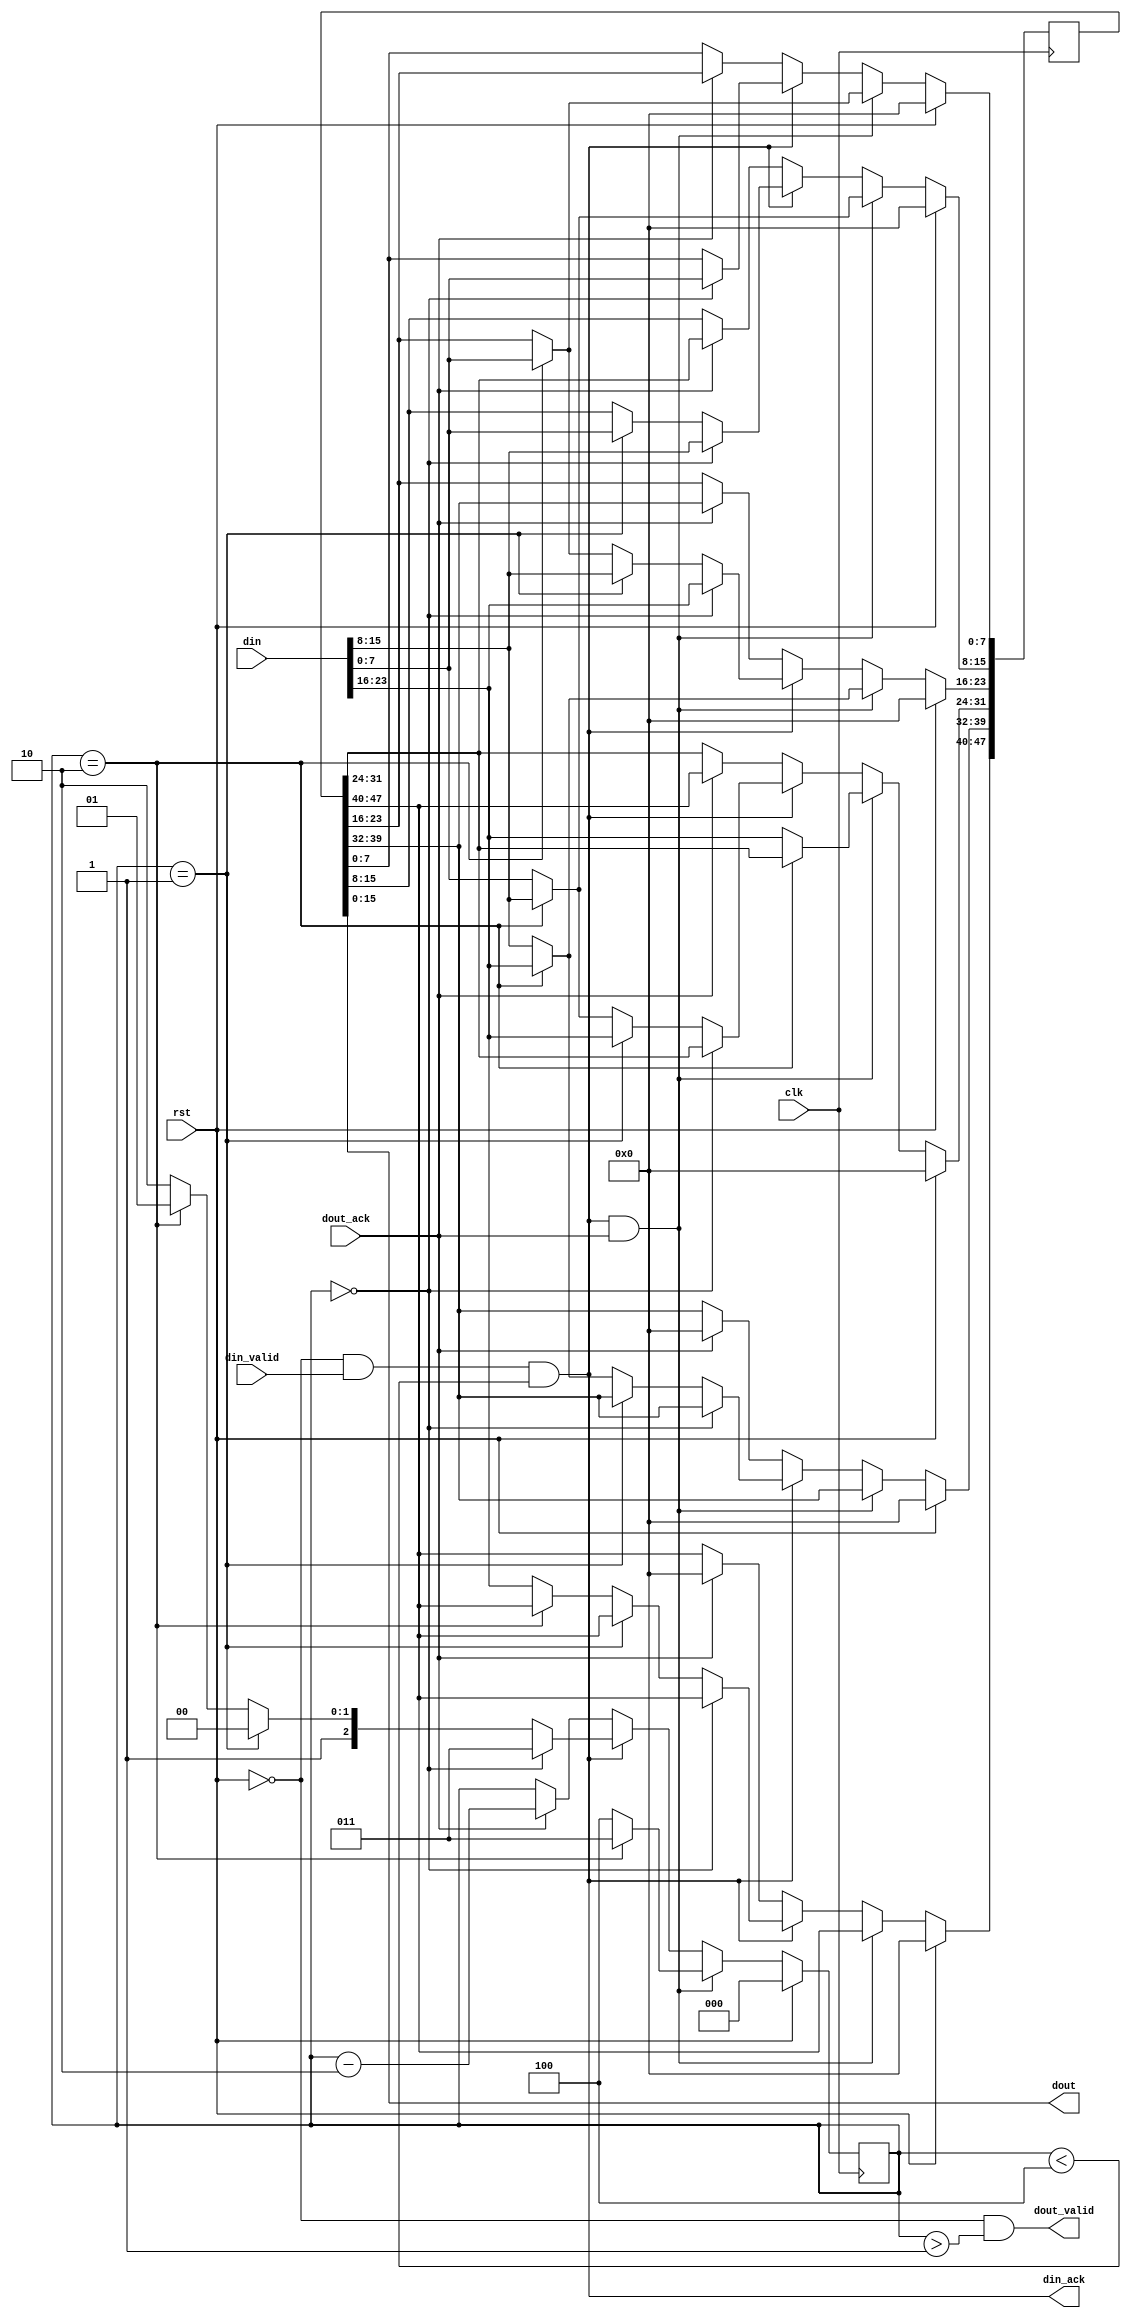
// Copyright 2007 Altera Corporation. All rights reserved.  
// Altera products are protected under numerous U.S. and foreign patents, 
// maskwork rights, copyrights and other intellectual property laws.  
//
// This reference design file, and your use thereof, is subject to and governed
// by the terms and conditions of the applicable Altera Reference Design 
// License Agreement (either as signed by you or found at www.altera.com).  By
// using this reference design file, you indicate your acceptance of such terms
// and conditions between you and Altera Corporation.  In the event that you do
// not agree with such terms and conditions, you may not use the reference 
// design file and please promptly destroy any copies you have made.
//
// This reference design file is being provided on an "as-is" basis and as an 
// accommodation and therefore all warranties, representations or guarantees of 
// any kind (whether express, implied or statutory) including, without 
// limitation, warranties of merchantability, non-infringement, or fitness for
// a particular purpose, are specifically disclaimed.  By making this reference
// design file available, Altera expressly does not recommend, suggest or 
// require that this reference design file be used in combination with any 
// other product not provided by Altera.
/////////////////////////////////////////////////////////////////////////////

//baeckler - 11-14-2006

//////////////////////////////////////////
// reformat 24 bit stream to 16 bit stream
//////////////////////////////////////////
module buf_3to2 ( 
	clk,rst,

	din,
	din_valid,
	din_ack,

	dout,
	dout_valid,
	dout_ack
);

input clk,rst;

input [23:0] din;
input din_valid;
output din_ack;

output [15:0] dout;
output dout_valid;
input dout_ack;

reg [47:0] storage;
reg [2:0] held;

wire din_ack = !rst & din_valid & (held < 4);
wire dout_valid = !rst & (held > 1);
assign dout = storage[15:0];

always @(posedge clk) begin
	if (rst) begin
		storage <= 0;
		held <= 0;
	end
	else begin
		if (din_ack && dout_ack) begin
			// accepting new data and dumping old	
			// not doing the held = 4 'make space' option
			// because it extends the critical path 
			// and makes things (more) confusing
			if (held == 3'b10) begin
				storage[23:0] <= din;
				held <= 3'b011;
			end
			else begin // held == 3
				storage[31:0] <= {din,storage[23:16]};
				held <= 3'b100;
			end		 	
		end
		else if (din_ack) begin
			// accepting new data only
			if (held == 3'b0) begin
				storage[23:0] <= din;
				held <= 3'b011;
			end
			else if (held == 3'b1) begin
				storage[31:8] <= din;
				held <= 3'b100;
			end
			else if (held == 3'b10) begin
				storage[39:16] <= din;
				held <= 3'b101;
			end			
			else begin // held == 3
				storage[47:24] <= din;
				held <= 3'b110;
			end	
		end
		else if (dout_ack) begin
			// dumping old data only
			storage <= {16'b0,storage[47:16]};
			held <= held - 2'b10;
		end
	end		
end
endmodule